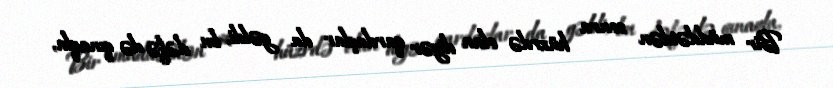
Bir müddətdən sonra hüzrdə olan digər qardaşlar da gəldi, bu dəfə də qınaqla,